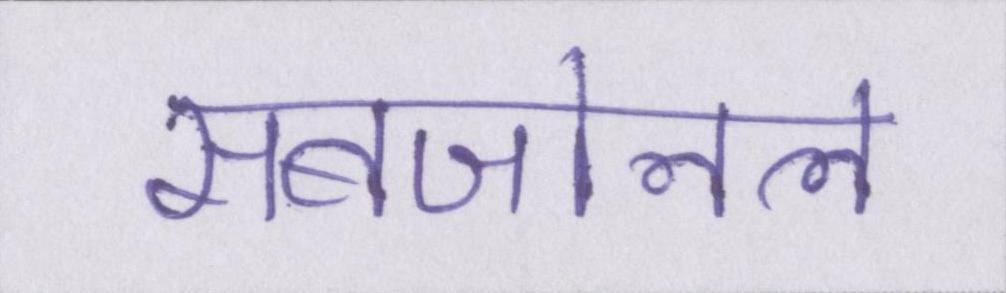
सबजोनल